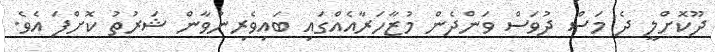
ދޫކޮށްލީ ދެ މަސް ދުވަސް ވަންދެން މުޒާހަރާއެއްގައި ބައިވެރިނުވާން ޝަރުތު ކޮށްފަ އެވެ.